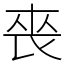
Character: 䘮